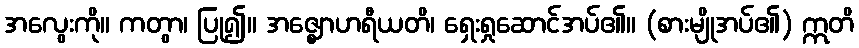
အလွေးကို။ ကတွာ၊ ပြု၍။ အဇ္ဈောဟရီယတိ၊ ရှေးရှုဆောင်အပ်၏။ (စားမျိုအပ်၏) ဣတိ